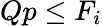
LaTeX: Qp\leq F_{i}